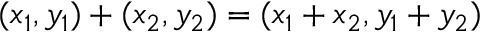
( x _ { 1 } , y _ { 1 } ) + ( x _ { 2 } , y _ { 2 } ) = ( x _ { 1 } + x _ { 2 } , y _ { 1 } + y _ { 2 } )